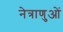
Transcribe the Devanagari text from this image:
नेत्राणुओं